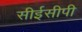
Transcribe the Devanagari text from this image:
सीईसीपी